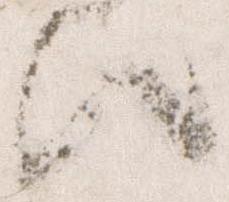
歟